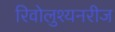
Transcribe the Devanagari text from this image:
रिवोलुश्यनरीज